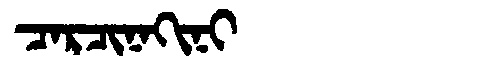
Manchu: ᠴᠠᡵᠴᡳᠨᠠᡴᡳᠨᡳ
Romanization: CARCINAKINI